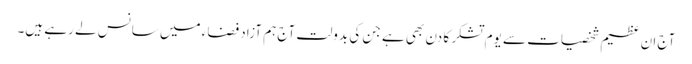
آج ان عظیم شخصیات سے یوم تشکر کا دن بھی ہے جن کی بدولت آج ہم آزاد فضاء میں سانس لے رہے ہیں۔